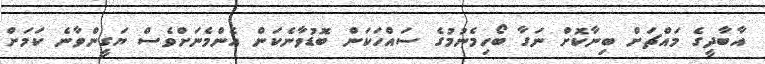
އާބާދީގެ މައްޗަށް ބިނާކޮށް ނަގާ ބޯހިމެނުމުގެ ސައްހަކަން ބޮޑުވާނެކަން އެންމެނަށްވެސް ޔަގީންވާނެ ކަމަށް